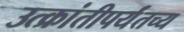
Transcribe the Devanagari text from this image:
उत्क्रांतीपर्यंतच्य